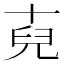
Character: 𮰏